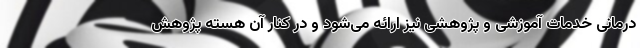
درمانی خدمات آموزشی و پژوهشی نیز ارائه می‌شود و در کنار آن هسته پژوهش